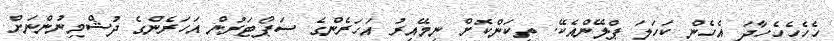
ހެހެހެހެހާދަ އެހެން ކަހަލަ ޕްލޭންއެކޭ. ތިކަންކޮށް ނިމޭއިރު އަހަރެންގެ ސަޕޯޓަރުން އަހަރެންގެ ދުޝްމިނުންނަށް